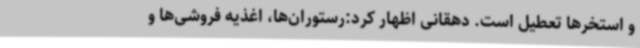
و استخرها تعطیل است. دهقانی اظهار کرد:رستوران‌ها، اغذیه فروشی‌ها و